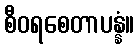
စီဝရစေတာပန္နံ။